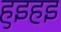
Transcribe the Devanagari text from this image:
हुइहइ